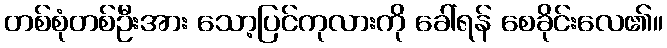
တစ်စုံတစ်ဦးအား သော့ပြင်ကုလားကို ခေါ်ရန် စေခိုင်းလေ၏။